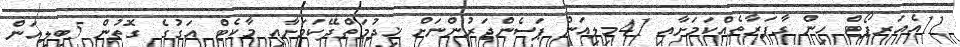
11އެއަރޕޯޓް ހިން ގާފަރާތެއްކަމަށާއި 41މިލިއަން ޕަސެންޖަރުންނަށް ޚިދުމަތްދޭކަމަށާއި މާކެޓް އަގުގެ ގޮތުން 5ބިލިއަން